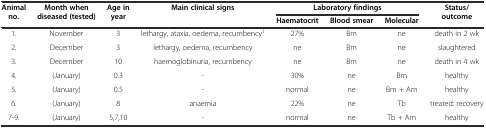
| Animal no. | Month when diseased (tested) | Age in year | Main clinical signs | <COLSPAN=3> Laboratory findings | Status/outcome |
 |  |  |  |  | Haematocrit | Blood smear | Molecular |  |
 | --- | --- | --- | --- | --- | --- | --- | --- |
 | 1. | November | 3 | lethargy, ataxia, oedema, recumbency1 | 27% | Bm | ne | death in 2 wk |
 | 2. | December | 3 | lethargy, oedema, recumbency | ne | Bm | ne | slaughtered |
 | 3. | December | 10 | haemoglobinuria, recumbency | ne | Bm | ne | death in 4 wk |
 | 4. | (January) | 0.3 | - | 30% | ne | Bm | healthy |
 | 5. | (January) | 0.5 | - | normal | ne | Bm + Am | healthy |
 | 6. | (January) | 8 | anaemia | 22% | ne | Tb | treated: recovery |
 | 7-9. | (January) | 5,7,10 | - | normal | ne | Tb + Am | healthy |